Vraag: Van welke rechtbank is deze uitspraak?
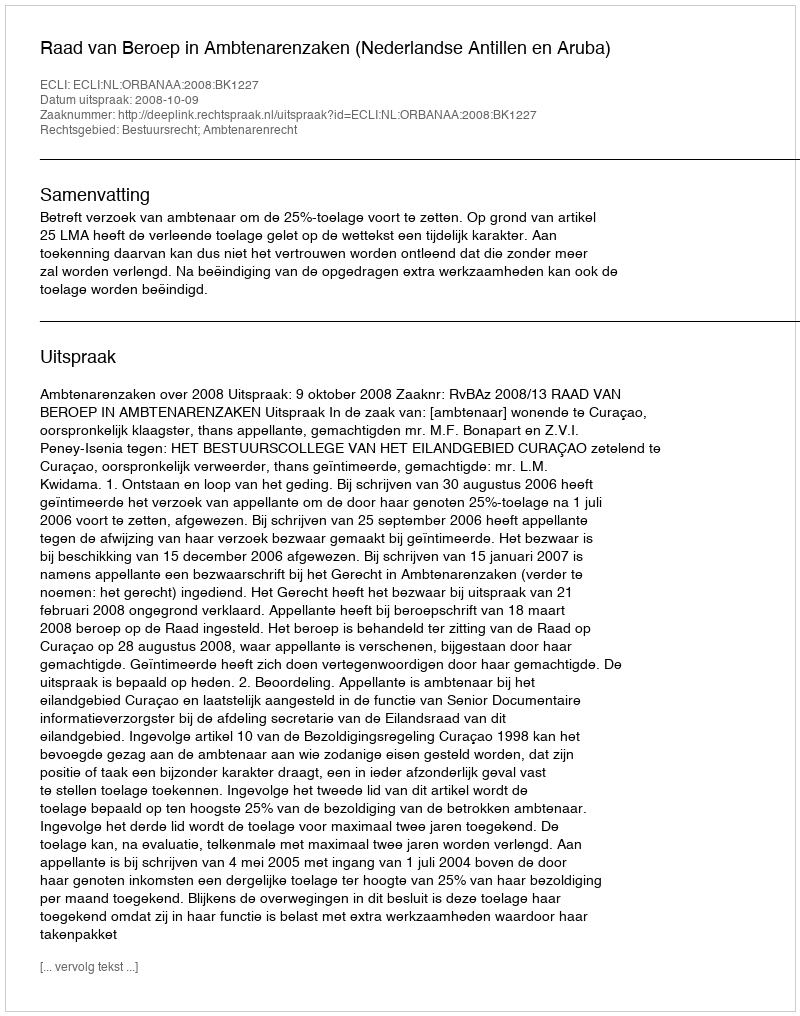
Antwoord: Raad van Beroep in Ambtenarenzaken (Nederlandse Antillen en Aruba)